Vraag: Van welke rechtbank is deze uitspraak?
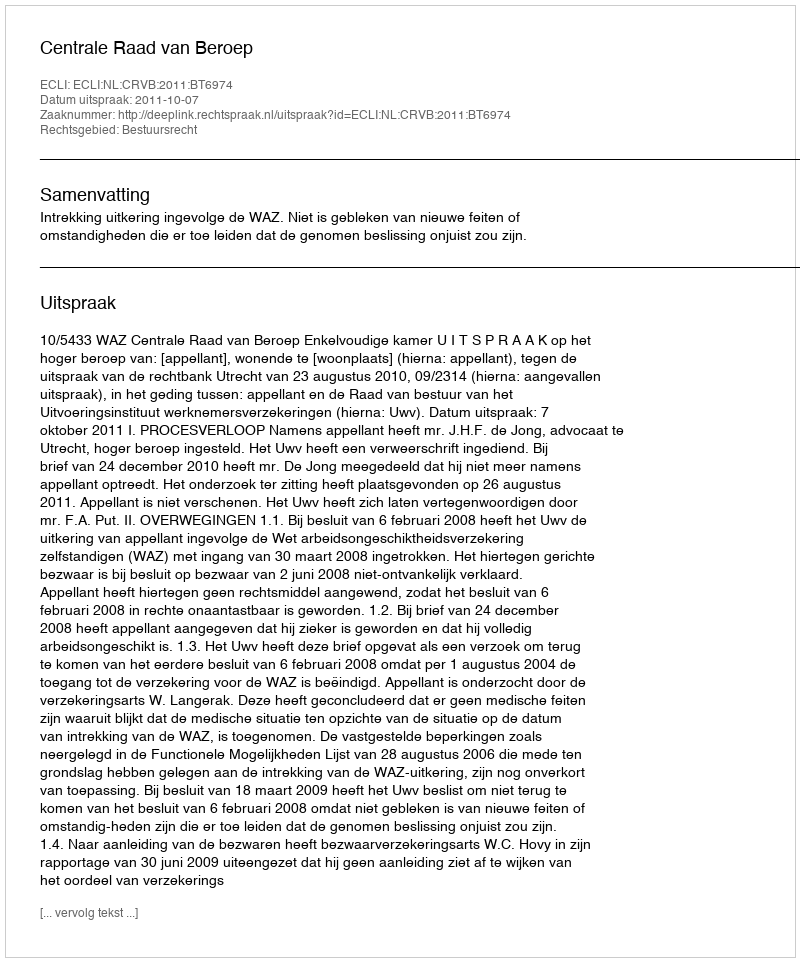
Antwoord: Centrale Raad van Beroep